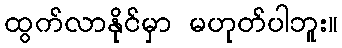
ထွက်လာနိုင်မှာ မဟုတ်ပါဘူး။